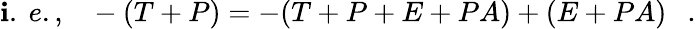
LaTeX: \mathbf{i}.~e.,~~~-(T+P)=-(T+P+E+PA)+(E+PA)~~~.